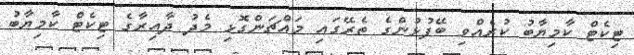
ޓިކެޓް ކާމިޔާބު ކުރެއްވި ބޭފުޅުންގެ ތެރޭގައި މައްޗަންގޮޅި މެދު ދާއިރާގެ ޓިކެޓް ކާމިޔާބު